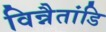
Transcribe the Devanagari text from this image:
विन्नैतांडि